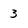
Character: 3